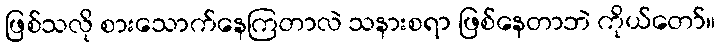
ဖြစ်သလို စားသောက်နေကြတာလဲ သနားစရာ ဖြစ်နေတာဘဲ ကိုယ်တော်။